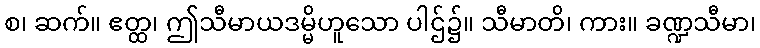
စ၊ ဆက်။ ဧတ္ထ၊ ဤသီမာယဒမ္မိဟူသော ပါဌ်၌။ သီမာတိ၊ ကား။ ခဏ္ဍသီမာ၊